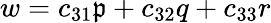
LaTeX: w=c_{31}\mathfrak{p}+c_{32}q+c_{33}r